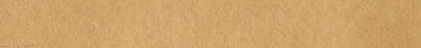
نحن نوفر لكم أفضل الحلول